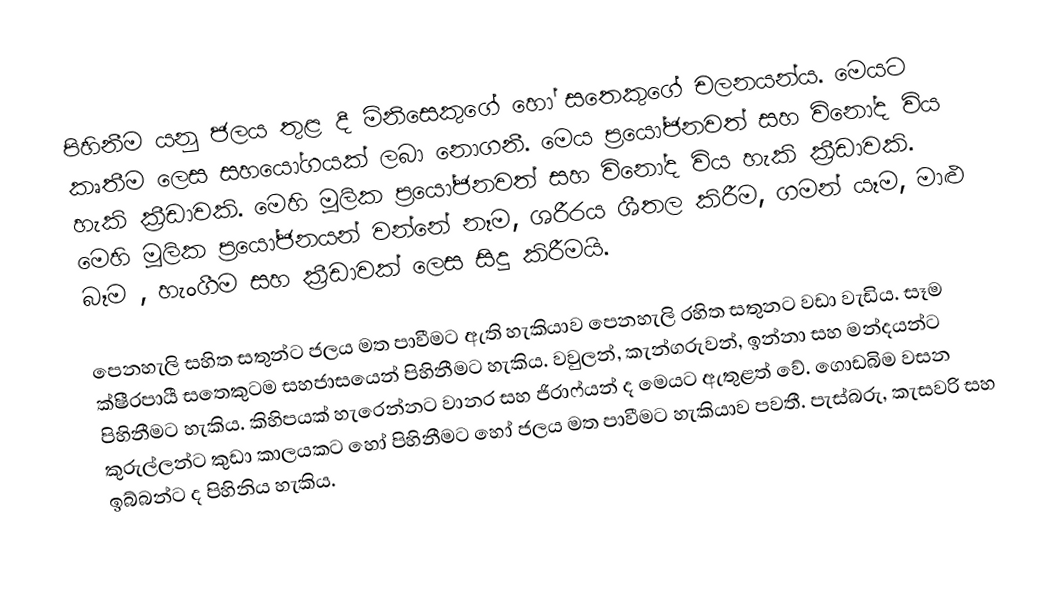
පිහිනීම යනු ජලය තුළ දී මිනිසෙකුගේ හෝ සතෙකුගේ චලනයන්ය. මෙයට කෘතීම ලෙස සහයෝගයක් ලබා නොගනී. මෙය ප්‍රයෝජනවත් සහ විනෝද විය හැකි ක්‍රීඩාවකි. මෙහි මූලික ප්‍රයෝජනවත් සහ විනෝද විය හැකි ක්‍රීඩාවකි. මෙහි මූලික ප්‍රයෝජනයන් වන්නේ නෑම, ශරීරය ශීතල කිරීම, ගමන් යෑම, මාළු බෑම , හැංගීම සහ ක්‍රීඩාවක් ලෙස සිදු කිරීමයි.

පෙනහැලි සහිත සතුන්ට ජලය මත පාවීමට ඇති හැකියාව පෙනහැලි රහිත සතුනට වඩා වැඩිය. සෑම ක්ෂීරපායී සතෙකුටම සහජාසයෙන් පිහිනීමට හැකිය. වවුලන්, කැන්ගරුවන්, ඉන්නා සහ මන්දයන්ට පිහිනීමට හැකිය. කිහිපයක් හැරෙන්නට වානර සහ ජිරාෆ්යන් ද මෙයට ඇතුළත් වේ. ගොඩබිම වසන කුරුල්ලන්ට කුඩා කාලයකට හෝ පිහිනීමට හෝ ජලය මත පාවීමට හැකියාව පවතී. පැස්බරු, කැසවරි සහ ඉබ්බන්ට ද පිහිනිය හැකිය.